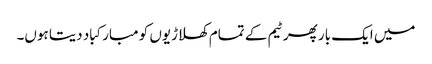
میں ایک بار پھر ٹیم کے تمام کھلاڑیوں کو مبارکباد دیتا ہوں۔